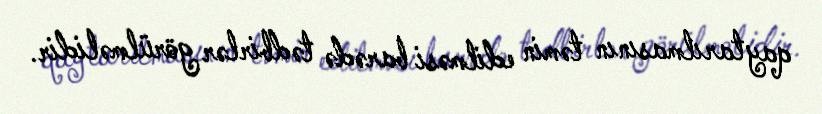
qaytarılmasının təmin edilməsi barədə tədbirlər görülməlidir.